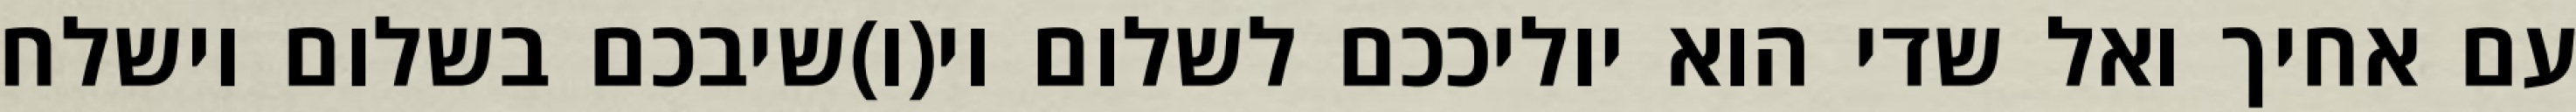
עם אחיך ואל שדי הוא יוליככם לשלום וי(ו)שיבכם בשלום וישלח